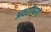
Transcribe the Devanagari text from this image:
अवशोषणा